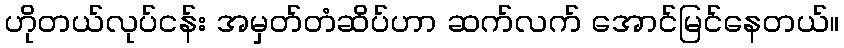
ဟိုတယ်လုပ်ငန်း အမှတ်တံဆိပ်ဟာ ဆက်လက် အောင်မြင်နေတယ်။